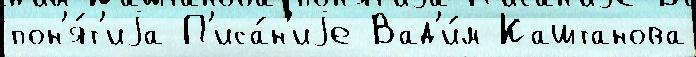
пон'я́т'иjа П'иса́н'иjе Вад'и́м Каштанова